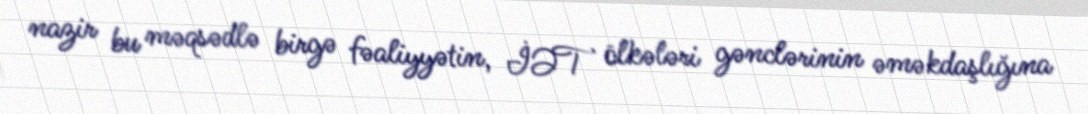
nazir bu məqsədlə birgə fəaliyyətin, İƏT ölkələri gənclərinin əməkdaşlığına